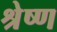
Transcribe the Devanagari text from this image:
श्रेष्‍ण